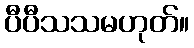
ပီပီသသမဟုတ်။